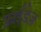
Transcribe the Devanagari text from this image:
फ्राईडेज़